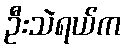
ဦးသဲရယ်က